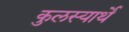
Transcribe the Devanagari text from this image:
कुलस्यार्थे